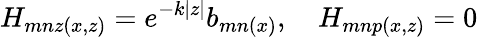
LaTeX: H_{mnz(x,z)}=e^{-k|z|}b_{mn(x)},\quad H_{mnp(x,z)}=0